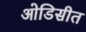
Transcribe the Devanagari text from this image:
ओडिसीत